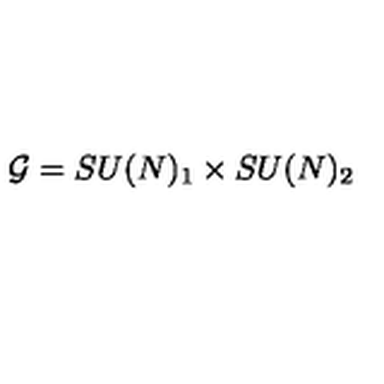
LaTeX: { \cal G } = S U ( N ) _ { 1 } \times S U ( N ) _ { 2 }